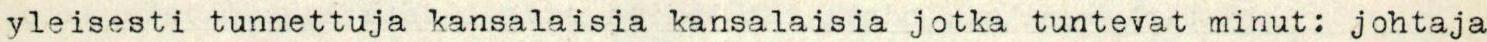
yleisesti tunnettuja kansalaisia kansalaisia jotka tuntevat minut: johtaja